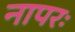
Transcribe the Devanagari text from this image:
नापरः